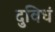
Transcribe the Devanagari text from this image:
दुविधं